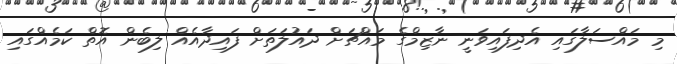
މި މައްސަލާގައި އެދިފައިވަނީ ނާޒިމްގެ މައްޗަށް ދައުލަތަށް ފައިދާއެއް ލިބެން އޮތް ކަމެއްގައި